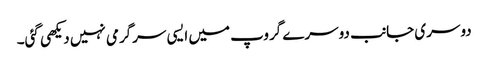
دوسری جانب دوسرے گروپ میں ایسی سرگرمی نہیں دیکھی گئی۔